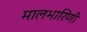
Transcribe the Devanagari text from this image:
मालभारिणी